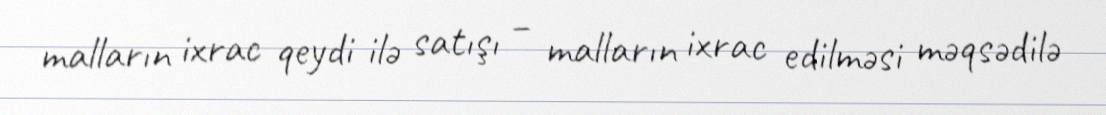
malların ixrac qeydi ilə satışı – malların ixrac edilməsi məqsədilə